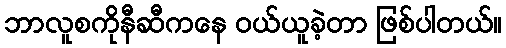
ဘာလူစကိုနီဆီကနေ ဝယ်ယူခဲ့တာ ဖြစ်ပါတယ်။